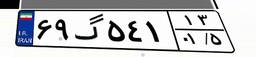
۹۱گ۷۹۷۸۰